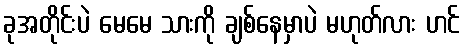
ခုအတိုင်းပဲ မေမေ သားကို ချစ်နေမှာပဲ မဟုတ်လား ဟင်